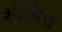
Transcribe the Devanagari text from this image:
श्वेबिश